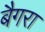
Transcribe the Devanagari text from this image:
बैगरा